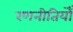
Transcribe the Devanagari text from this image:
रणनीतियोँ